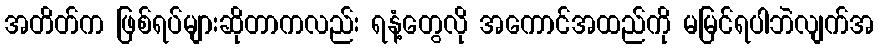
အတိတ်က ဖြစ်ရပ်များဆိုတာကလည်း ရနံ့တွေလို အကောင်အထည်ကို မမြင်ရပါဘဲလျက်အ